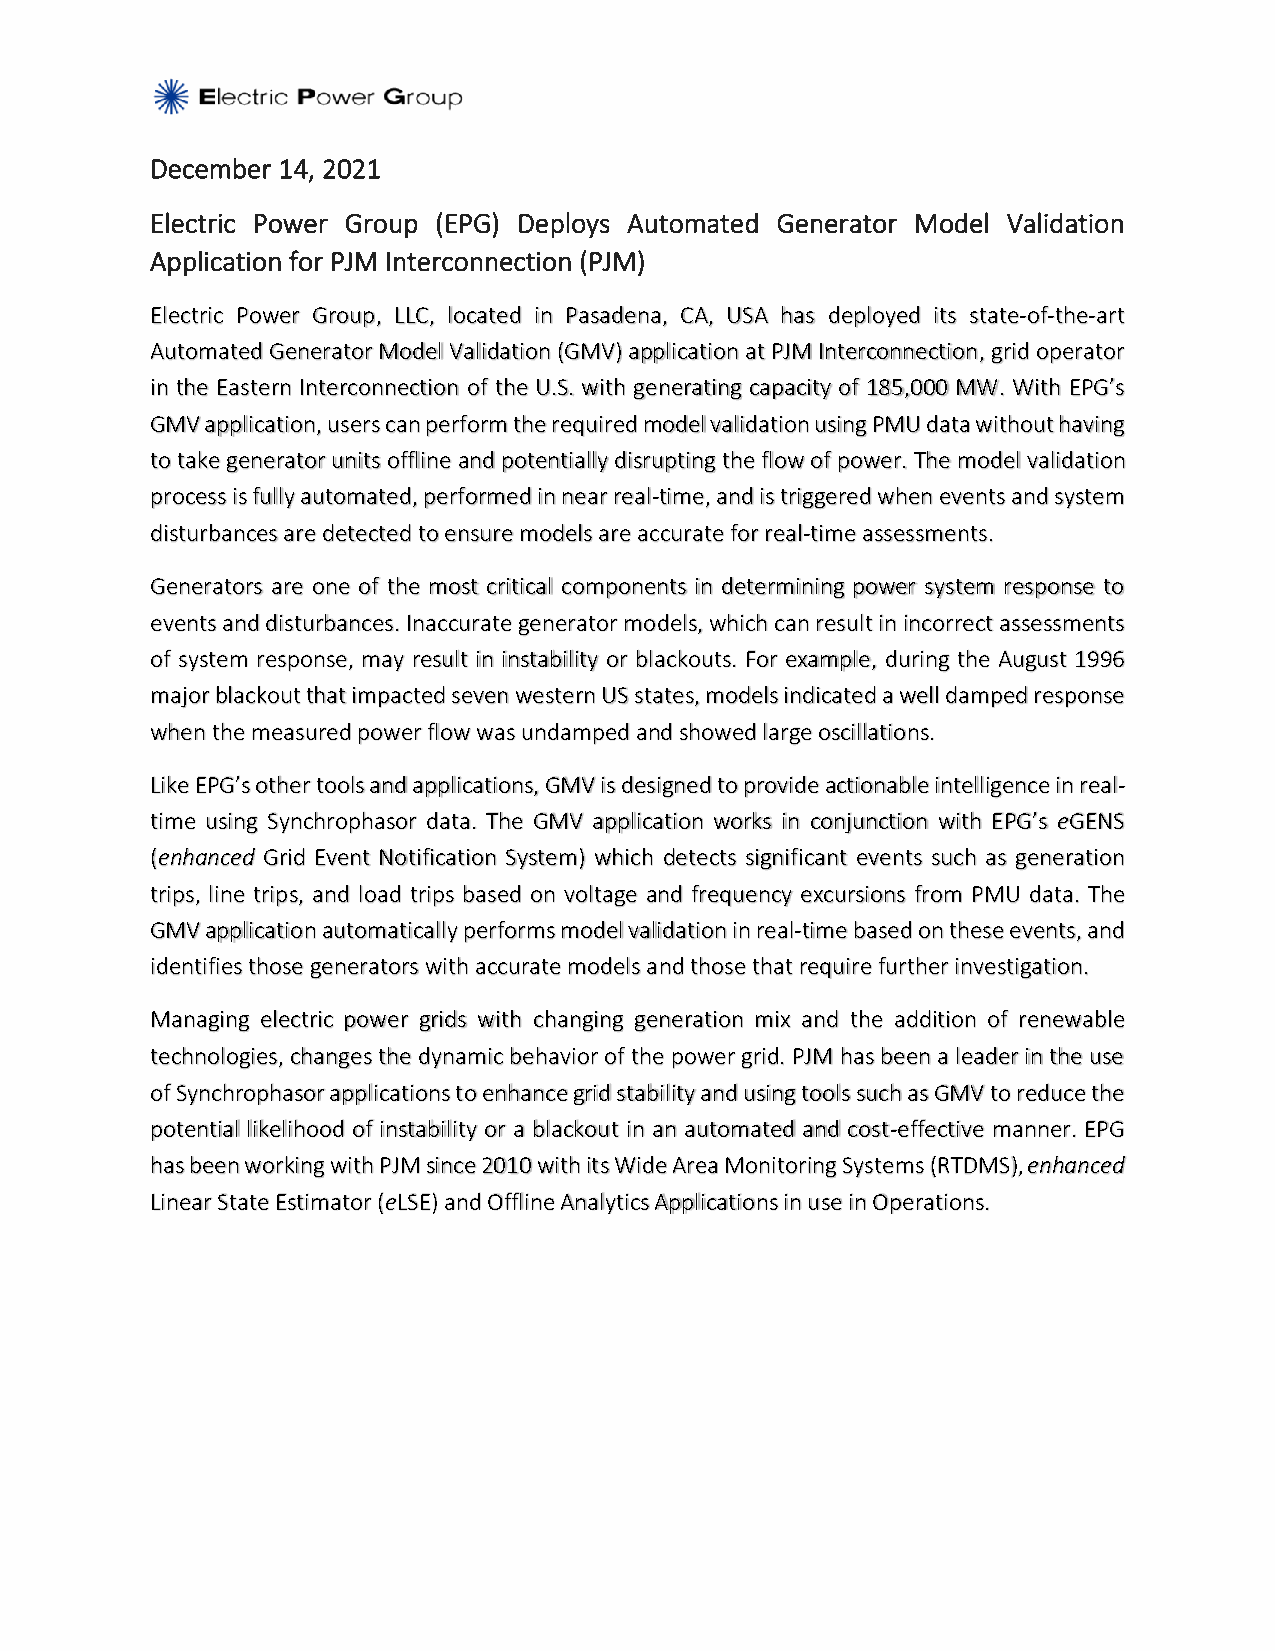
December 14, 2021
 Electric Power Group (EPG) Deploys Automated Generator Model Validation
 Application for PJM Interconnection (PJM)
 Electric Power Group, LLC, located in Pasadena, CA, USA has deployed its state-of-the-art
 Automated Generator Model Validation (GMV) application at PJM Interconnection, grid operator
 in the Eastern Interconnection of the U.S. with generating capacity of 185,000 MW. With EPG’s
 GMV application, users can perform the required model validation using PMU data without having
 to take generator units offline and potentially disrupting the flow of power. The model validation
 process is fully automated, performed in near real-time, and is triggered when events and system
 disturbances are detected to ensure models are accurate for real-time assessments.
 Generators are one of the most critical components in determining power system response to
 events and disturbances. Inaccurate generator models, which can result in incorrect assessments
 of system response, may result in instability or blackouts. For example, during the August 1996
 major blackout that impacted seven western US states, models indicated a well damped response
 when the measured power flow was undamped and showed large oscillations.
 Like EPG’s other tools and applications, GMV is designed to provide actionable intelligence in real-
 time using Synchrophasor data. The GMV application works in conjunction with EPG’s eGENS
 (enhanced Grid Event Notification System) which detects significant events such as generation
 trips, line trips, and load trips based on voltage and frequency excursions from PMU data. The
 GMV application automatically performs model validation in real-time based on these events, and
 identifies those generators with accurate models and those that require further investigation.
 Managing electric power grids with changing generation mix and the addition of renewable
 technologies, changes the dynamic behavior of the power grid. PJM has been a leader in the use
 of Synchrophasor applications to enhance grid stability and using tools such as GMV to reduce the
 potential likelihood of instability or a blackout in an automated and cost-effective manner. EPG
 has been working with PJM since 2010 with its Wide Area Monitoring Systems (RTDMS), enhanced
 Linear State Estimator (eLSE) and Offline Analytics Applications in use in Operations.